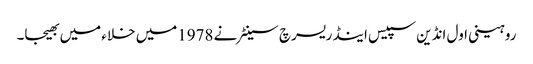
روہینی اول انڈین سپیس اینڈ ریسرچ سینٹر نے 1978میں خلاء میں بھیجا۔